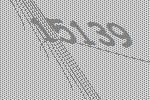
15139